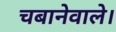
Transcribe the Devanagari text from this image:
चबानेवाले।